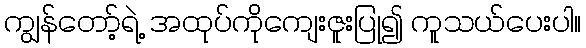
ကျွန်တော့်ရဲ့ အထုပ်ကိုကျေးဇူးပြု၍ ကူသယ်ပေးပါ။